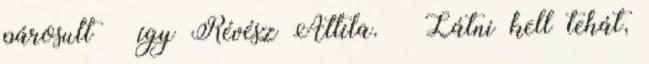
párosult – így Révész Attila. – Látni kell tehát,